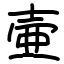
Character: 壷